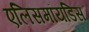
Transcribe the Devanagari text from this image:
एलिसमॉयडिस